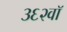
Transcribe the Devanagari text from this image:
३६२वॉ